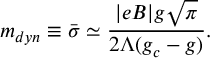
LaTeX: m _ { d y n } \equiv \bar { \sigma } \simeq \frac { | e B | g \sqrt { \pi } } { 2 \Lambda ( g _ { c } - g ) } .